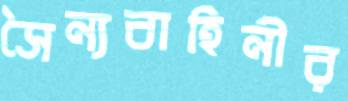
সৈন্যবাহিনীর